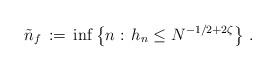
LaTeX: \begin{align*} \tilde n_f\, :=\, \inf\left\{n:\, h_n\leq N^{-1/2+2\zeta}\right\}\, .\end{align*}